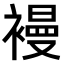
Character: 𧜞